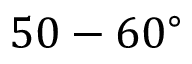
5 0 - 6 0 ^ { \circ }